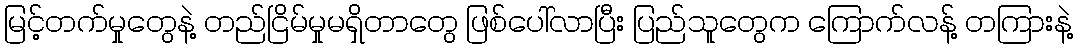
မြင့်တက်မှုတွေနဲ့ တည်ငြိမ်မှုမရှိတာတွေ ဖြစ်ပေါ်လာပြီး ပြည်သူတွေက ကြောက်လန့် တကြားနဲ့